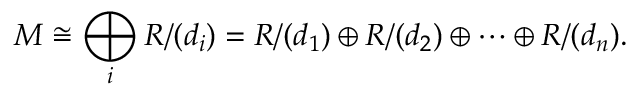
M \cong \bigoplus _ { i } R / ( d _ { i } ) = R / ( d _ { 1 } ) \oplus R / ( d _ { 2 } ) \oplus \cdots \oplus R / ( d _ { n } ) .